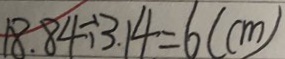
1 8 . 8 4 \div 3 . 1 4 = 6 ( c m )